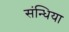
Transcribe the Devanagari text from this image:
संन्धिया